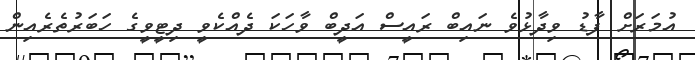
އުމަރަށް ފާޑު ވިދާޅުވެ ނައިބް ރައީސް އަދީބް ވާހަކަ ދެއްކެވީ ދިޓީވީގެ ހަބަރުތެރެއިން